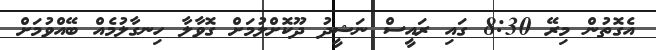
އެގޮތުން މިރޭ 8:30 ގައި ރައީސް ނަޝީދު ދޫކޮށްލުމަށް ގޮވާލާ ހިނގާލުމެއް ބޭއްވުމަށް